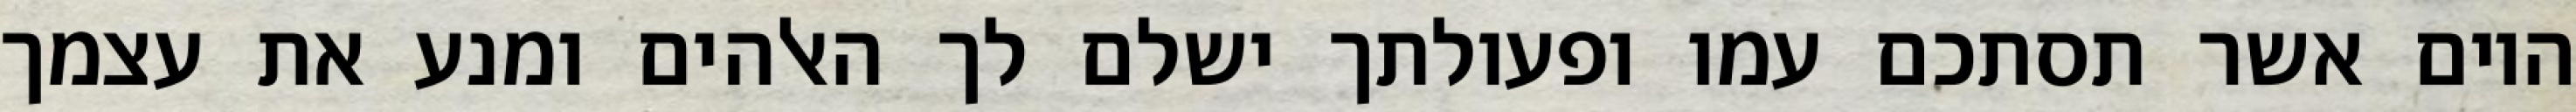
היום אשר תסתכם עמו ופעולתך ישלם לך האלהים ומנע את עצמך